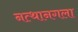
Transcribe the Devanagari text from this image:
नत्थानगला